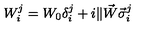
W _ { i } ^ { j } = W _ { 0 } \delta _ { i } ^ { j } + i \| \vec { W } \vec { \sigma } _ { i } ^ { j }